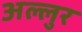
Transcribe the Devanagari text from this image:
अल्लुर